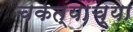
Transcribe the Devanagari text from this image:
चकत्यांच्या